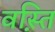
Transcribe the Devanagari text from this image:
वस़्ति